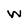
Character: W